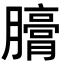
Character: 𣎪